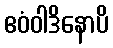
ဧဝံဝါဒိနောပိ